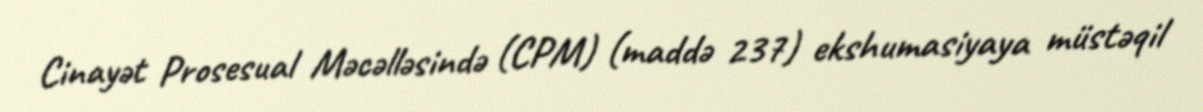
Cinayət Prosesual Məcəlləsində (CPM) (maddə 237) ekshumasiyaya müstəqil